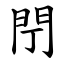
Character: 閅